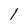
Character: l